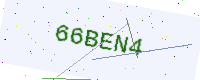
Text: 66BEN4